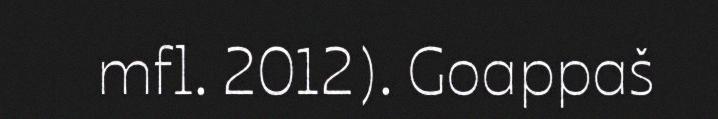
mfl. 2012). Goappaš